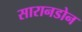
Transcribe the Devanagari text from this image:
सारानडोन